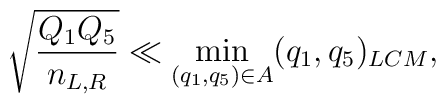
\sqrt{\frac{Q_1Q_5}{n_{L,R}}}\ll \min_{(q_1,q_5)\in A}(q_1,q_5)_{LCM},